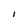
Character: I